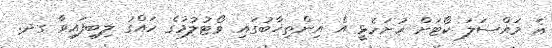
އެ މައްސަލަ ކޯޓަށް ހުށަހެޅީ އެ އިންތިޚާބުގައި ވޯޓުލުމުގެ ހައްގު ލިބިފައިވާ ގދ.